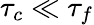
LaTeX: \tau_{c}\ll\tau_{f}